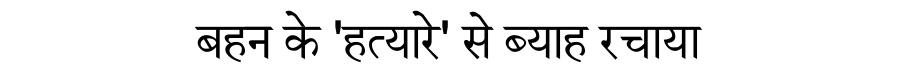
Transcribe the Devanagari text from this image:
बहन के 'हत्यारे' से ब्याह रचाया